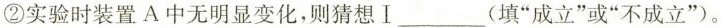
②实验时装置A中无明显变化，则猜想Ⅰ___(填”成立”或”不成立”)。